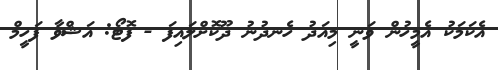
އެކަމަކު އެމީހުން ވަނީ މިއަދު ހެނދުނު ދޫކޮށްލައިފަ - ފޮޓޯ: އަޝްވާ ފަހީމް